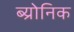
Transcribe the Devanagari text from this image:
ब्य्रोनिक